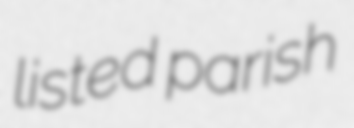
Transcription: listed parish